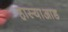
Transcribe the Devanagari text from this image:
हास्याआड